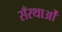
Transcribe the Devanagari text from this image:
सँस्थाओं